system: You are a helpful assistant.
user:
Analyze the provided spectrum to determine if it is a **"Cataclysmic Variables (CV)"**.

- **Key Indicators for CV (Check for either state):**
    - **State 1: Quiescent / Low-State (Emission-Dominated)**
        - **(Primary):** Strong and *very broad* Hydrogen Balmer emission lines (e.g., $H\alpha$ at 6563 Å, $H\beta$ at 4861 Å). The 'broadness' (high velocity dispersion, often FWHM > 1000 km/s) is the key diagnostic, indicating a high-velocity accretion disk.
        - **(Secondary):** Broad neutral Helium (He I) emission lines (e.g., 5876 Å, 6678 Å).
        - **(Key Confirmation):** Presence of high-excitation *ionized* Helium (He II) emission at 4686 Å. This is a strong indicator of accretion onto a white dwarf.
        - **(Line Profile):** Emission lines may exhibit a 'double-peaked' profile, which is a classic signature of a rotating accretion disk viewed at high inclination.

    - **State 2: Outburst / High-State (Absorption-Dominated)**
        - **(Primary):** Spectrum is dominated by a bright, blue continuum (looks like a hot star).
        - **(Secondary):** The emission lines from State 1 are weak, absent, or 'filled in', and are replaced by broad, shallow *absorption* lines (primarily Balmer and He I).
        - **(Morphology):** The overall spectrum mimics a hot B/A-type star. The crucial difference is that the absorption lines are significantly broader, shallower, and more 'washed-out' (or 'smeared') than the sharp lines of a normal stellar photosphere, due to high rotational speeds and pressure broadening in the disk.

Think first, call **spectral_visualization_tool** if needed to examine features in detail, then provide your final answer. Your response must adhere to the following strict rules:
1.  **Overall Structure:** Your response must follow the format `<think>...</think> <tool_call>...</tool_call> (if a tool is used) <answer>...</answer>`.
2.  **Tool Usage Constraint:** You may only make **one** tool call per turn.
3.  **Final Answer Format:** In the `<answer>` tag, your conclusion must be inside a `\boxed{}` command (e.g., `\boxed{YES}`), followed by your justification.

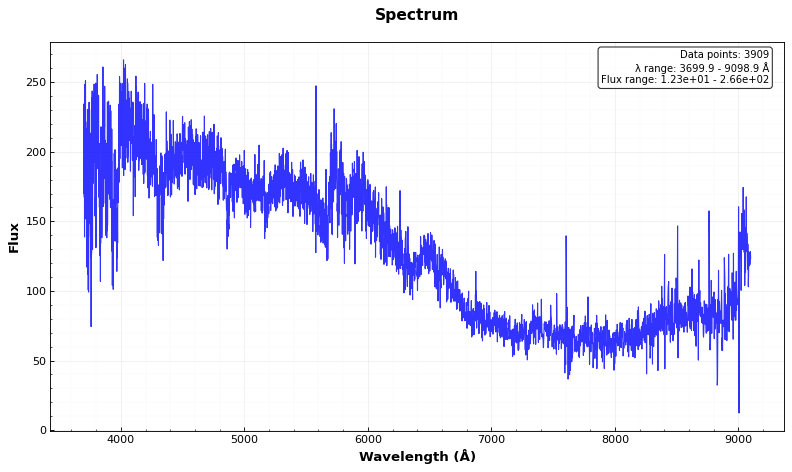
Answer: NO